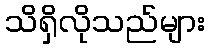
သိရှိလိုသည်များ